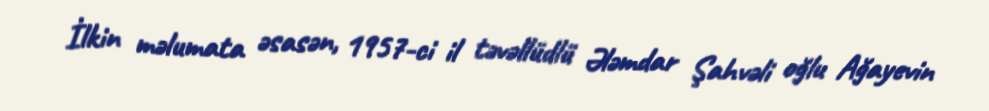
İlkin məlumata əsasən, 1957-ci il təvəllüdlü Ələmdar Şahvəli oğlu Ağayevin